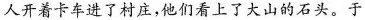
人开着卡车进了村庄，他们看上了大山的石头。于